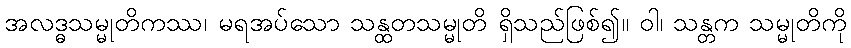
အလဒ္ဓသမ္မုတိကဿ၊ မရအပ်သော သန္ထတသမ္မုတိ ရှိသည်ဖြစ်၍။ ဝါ၊ သန္တက သမ္မုတိကို